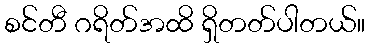
စင်တီ ဂရိတ်အထိ ရှိတတ်ပါတယ်။